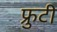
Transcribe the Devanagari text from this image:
फ्रुटी